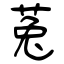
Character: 菟